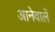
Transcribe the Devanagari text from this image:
आनेवालें